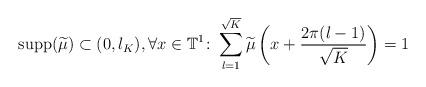
LaTeX: \begin{align*}\operatorname{supp}(\widetilde{\mu}) \subset (0,l_K), \forall x \in \mathbb{T}^1\colon \sum_{l=1}^{\sqrt{K}} \widetilde{\mu}\left(x + \frac{2\pi(l-1)}{\sqrt{K}}\right) = 1\end{align*}